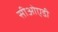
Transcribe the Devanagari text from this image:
सीओएडी